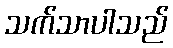
သက်သာပါသည်